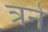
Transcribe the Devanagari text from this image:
त्रने